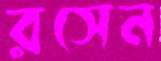
রসেন